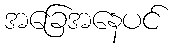
အခြေအနေပင်